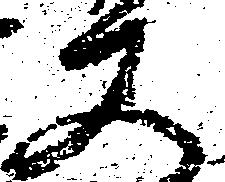
又